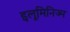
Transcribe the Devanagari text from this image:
इलूमिनिज्म